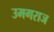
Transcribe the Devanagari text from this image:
उमगराज